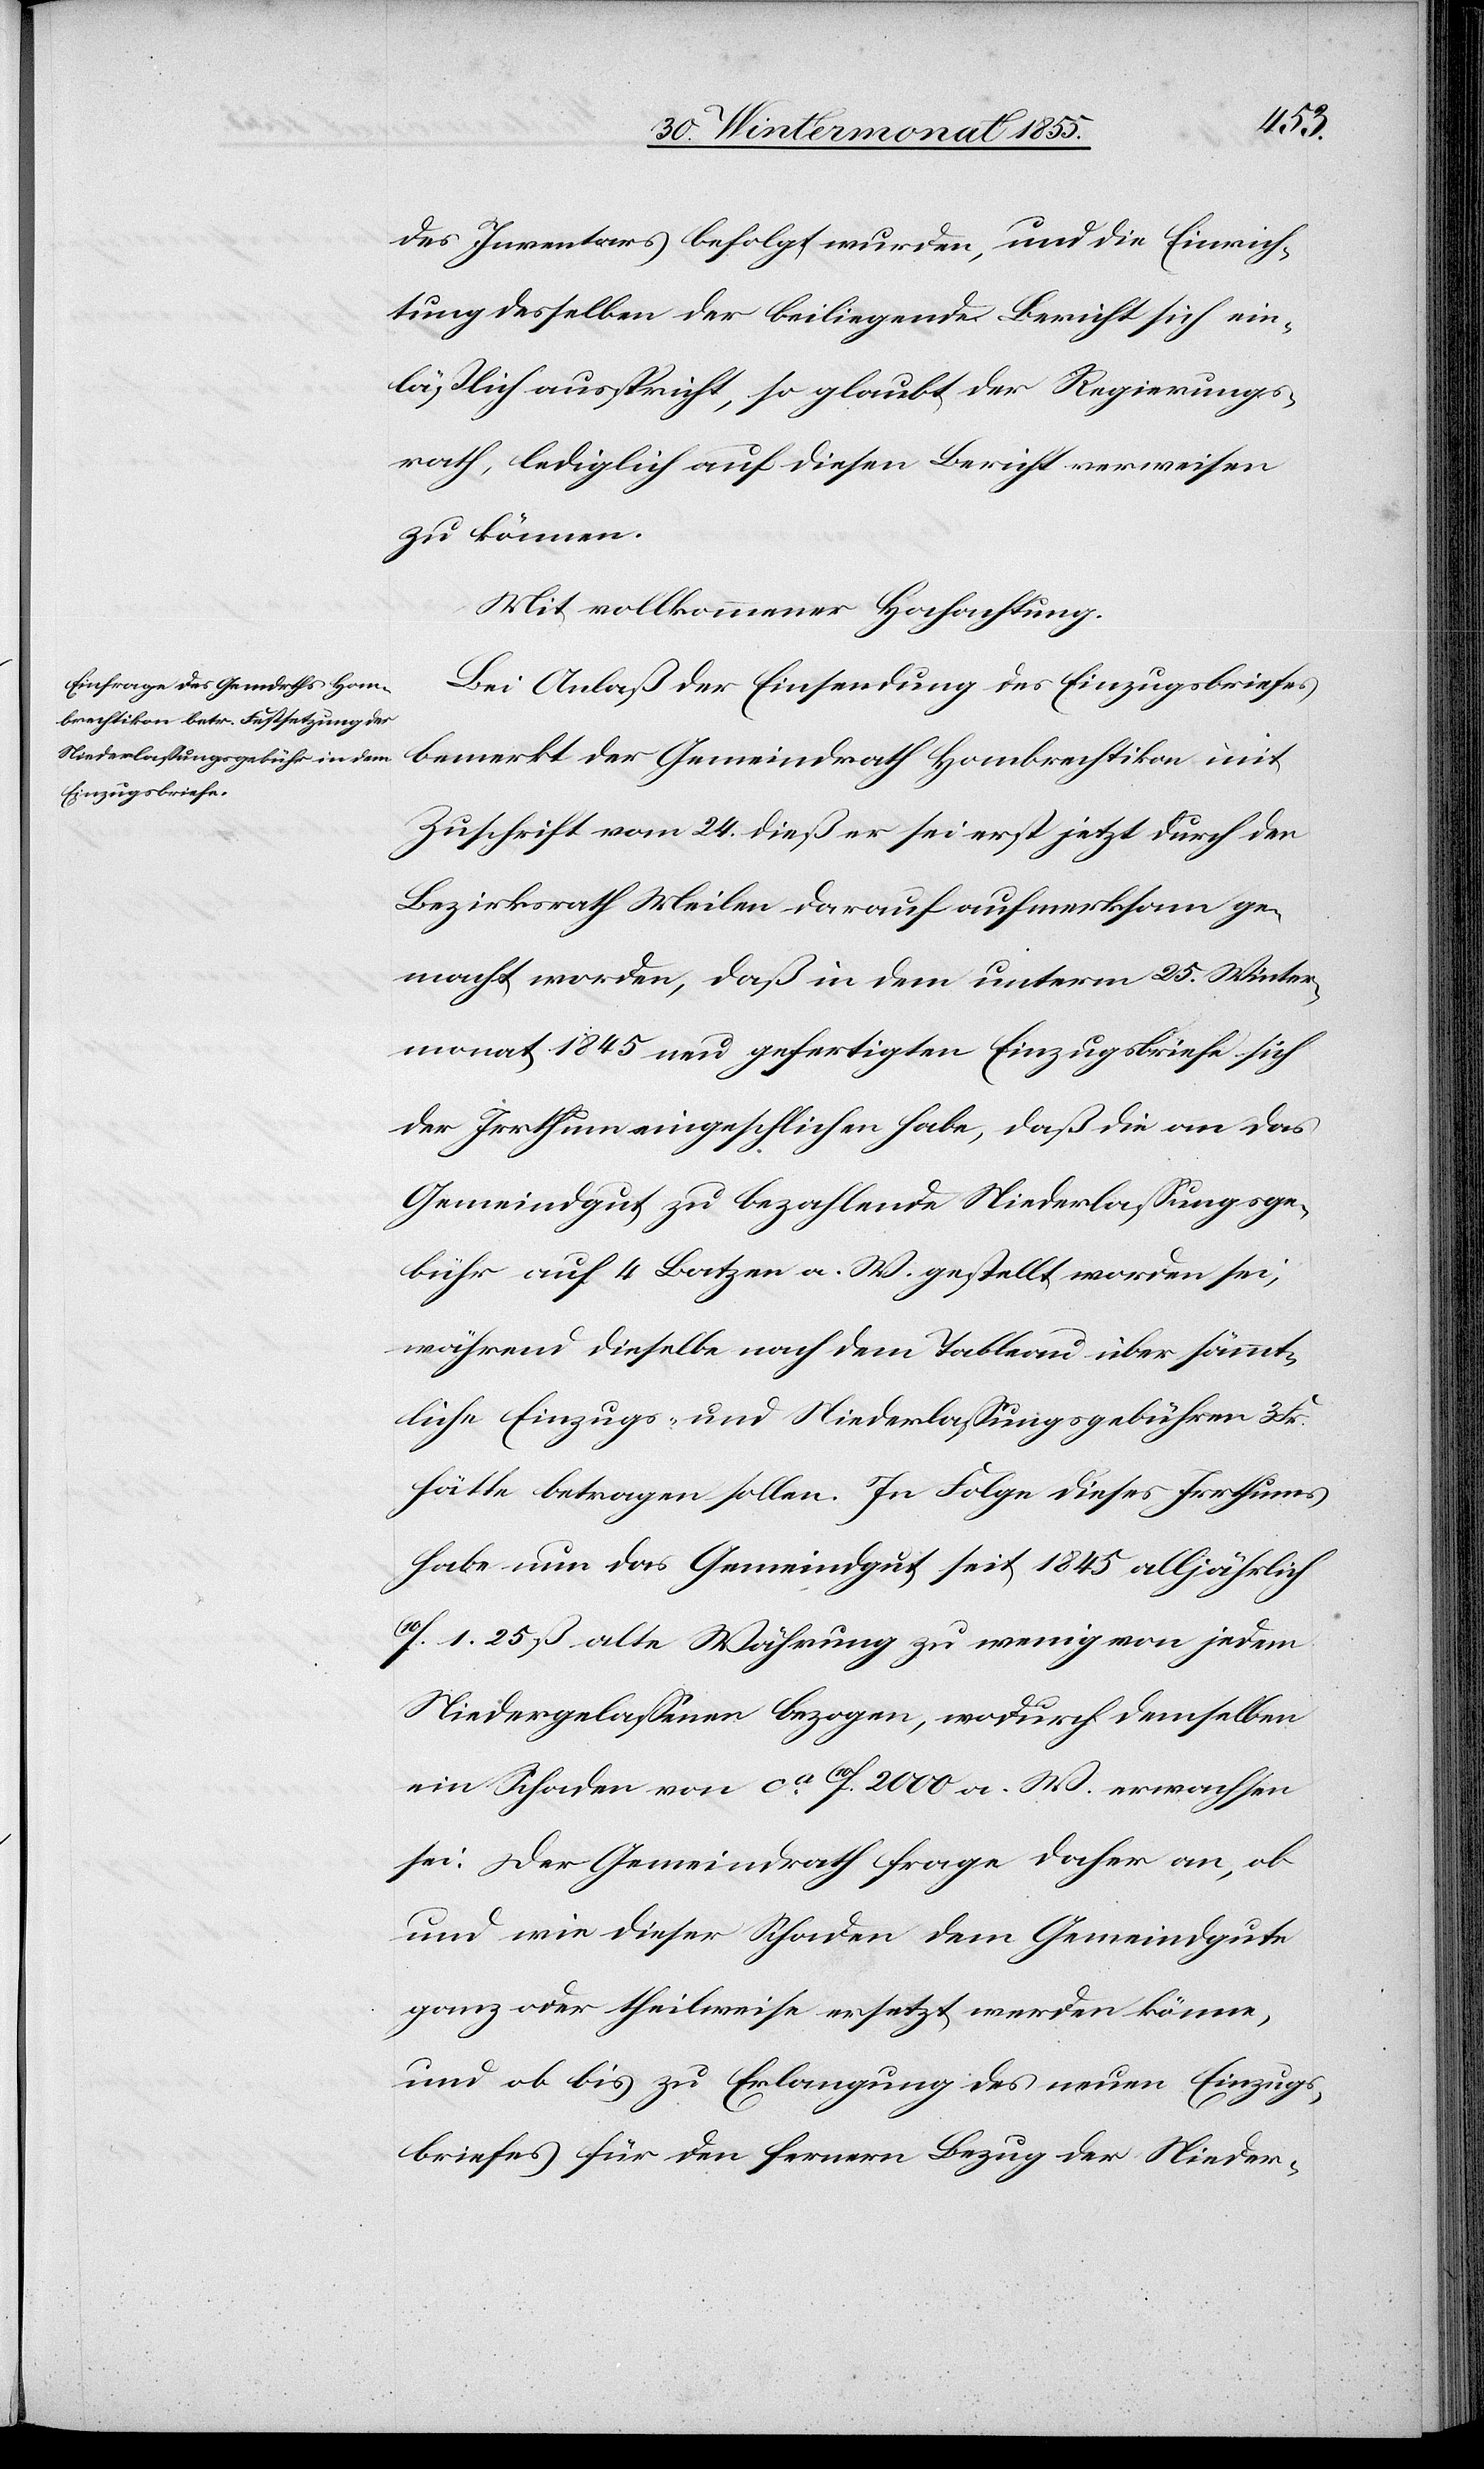
des Inventars befolgt wurden, und die Einrich¬
tung desselben der beiligende Bericht sich ein¬
läßlich ausspricht, so glaubt der Regierungs¬
rath, lediglich auf diesen Bericht verweisen
zu können.
Mit vollkommener Hochachtung.
Bei Anlaß der Einsendung des Einzugsbriefes
bemerkt der Gemeindrath Hombrechtikon mit
Zuschrift vom 24. dieß er sei erst jetzt durch den
Bezirksrath Meilen darauf aufmerksam ge¬
macht worden, daß in dem unterm 25. Winter¬
monat 1845 neu gefertigten Einzugsbriefe sich
der Irrthum eingeschlichen habe, daß die an das
Gemeindgut zu bezahlende Niederlassungsge¬
bühr auf 4 Batzen a. W. gestellt worden sei,
während dieselbe nach dem Tableau über sämmt¬
liche Einzugs- und Niederlassungsgebühren 3
hätte betragen sollen. In Folge dieses Irrthums
habe nun das Gemeindgut seit 1845 alljährlich
10f. 1. 25 ß alte Währung zu wenig von jedem
Niedergelassenen bezogen, wodurch demselben
ein Schaden von ca. 10f. 2000 a. W. erwachsen
sei. Der Gemeindrath frage daher an, ob
und wie dieser Schaden dem Gemeindgute
ganz oder theilweise ersetzt werden könne,
und ob bis zu Erlangung des neuen Einzugs¬
briefes für den fernern Bezug der Nieder-